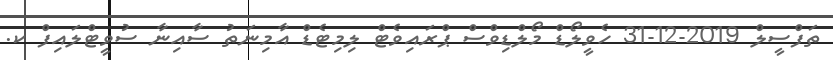
ތަފްސީލް 2019-12-31 ހެވީލޯޑް މޯލްޑިވްސް ޕްރައިވެޓް ލިމިޓެޑް އާމިނަތު ސާއިނާ ސުވީޓްލައިފް ކ.